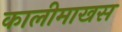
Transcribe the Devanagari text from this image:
कालीमाखस